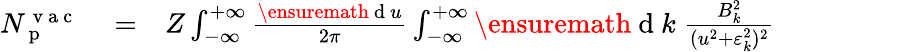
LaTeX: \begin{array}{rlr}{N_{\mathrm{~p~}}^{\mathrm{~v~a~c~}}}&{{}=}&{Z\int_{-\infty}^{+\infty}\frac{\ensuremath{\mathrm{~d~}}u}{2\pi}\int_{-\infty}^{+\infty}\ensuremath{\mathrm{~d~}}k\; \frac{B_{k}^{2}}{(u^{2}+\varepsilon_{k}^{2})^{2}}\phantom{xxxxxxxxx}}\end{array}